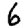
Digit: 6